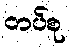
တပ်စု